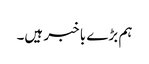
ہم بڑے با خبر ہیں۔